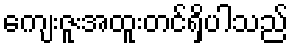
ကျေးဇူးအထူးတင်ရှိပါသည်